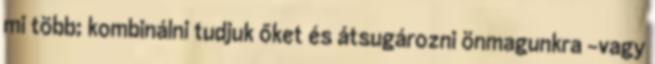
mi több; kombinálni tudjuk őket és átsugározni önmagunkra -vagy